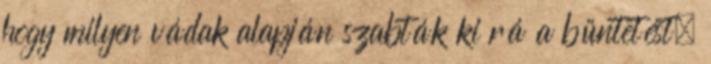
hogy milyen vádak alapján szabták ki rá a büntetést,